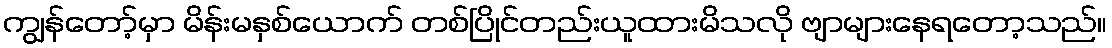
ကျွန်တော့်မှာ မိန်းမနှစ်ယောက် တစ်ပြိုင်တည်းယူထားမိသလို ဗျာများနေရတော့သည်။